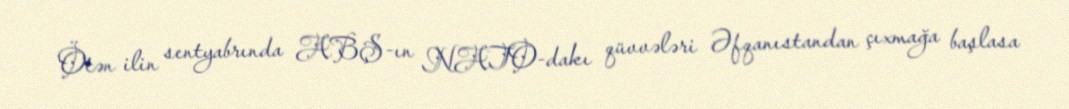
Ötən ilin sentyabrında ABŞ-ın NATO-dakı qüvvələri Əfqanıstandan çıxmağa başlasa